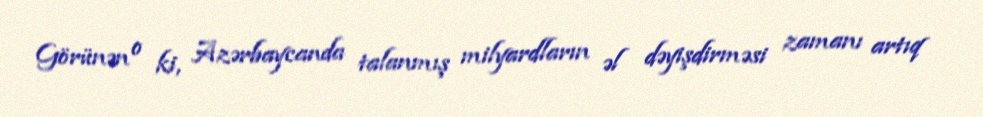
Görünən o ki, Azərbaycanda talanmış milyardların əl dəyişdirməsi zamanı artıq